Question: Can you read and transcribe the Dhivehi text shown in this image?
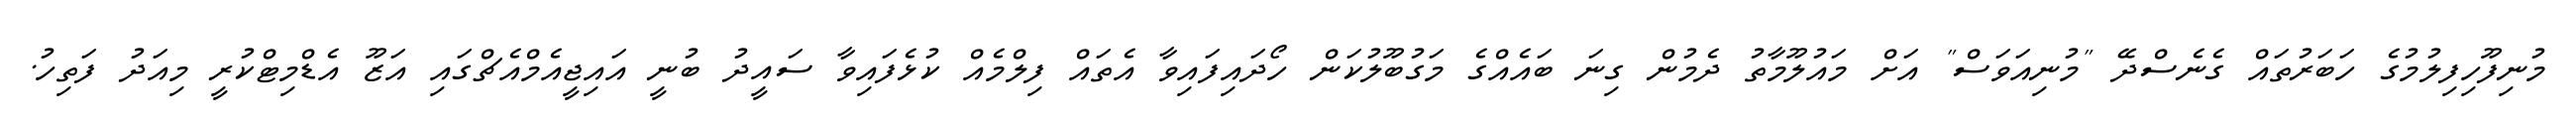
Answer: މުނިފޫހިފިލުމުގެ ހަބަރުތައް ގެނެސްދޭ "މުނިއަވަސް" އަށް މައުލޫމާތު ދެމުން ގިނަ ބައެއްގެ މަގުބޫލުކަން ހޯދައިފައިވާ އެތައް ފިލްމެއް ކުޅެފައިވާ ސައީދު ބުނީ އައިޖީއެމްއެޗްގައި އަޒޫ އެޑްމިޓްކުރީ މިއަދު ފަތިހު.